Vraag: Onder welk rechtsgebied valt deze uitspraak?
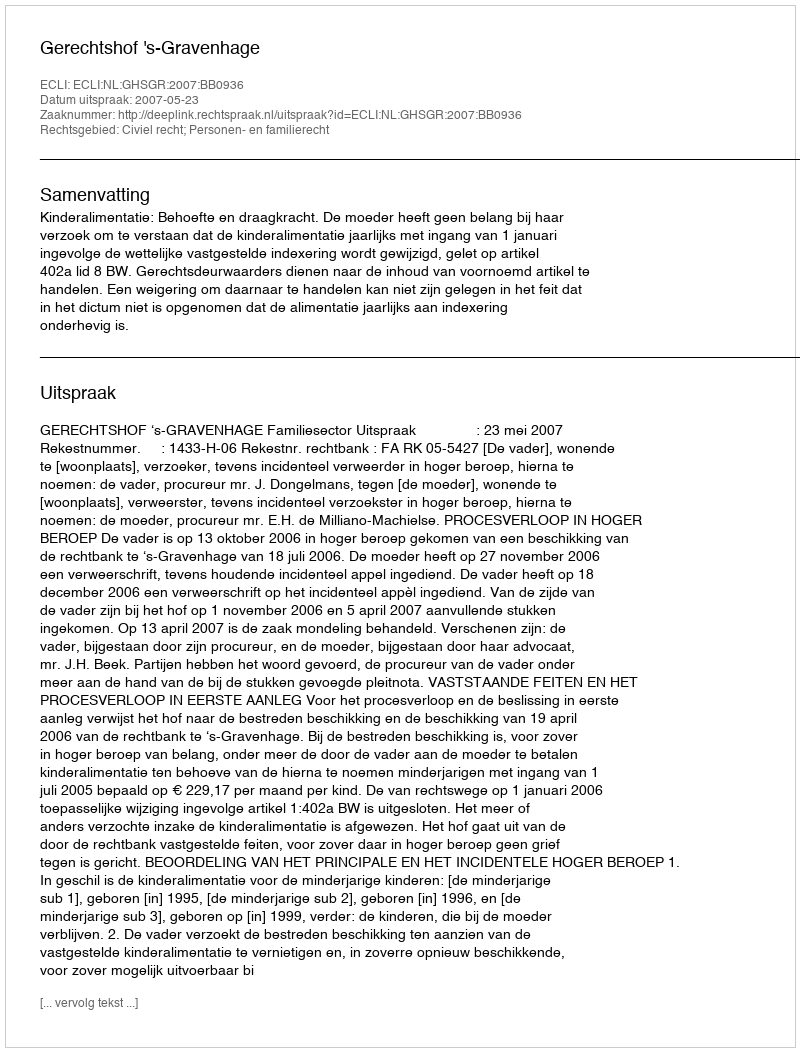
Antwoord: Civiel recht; Personen- en familierecht